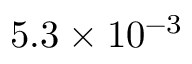
5 . 3 \times 1 0 ^ { - 3 }